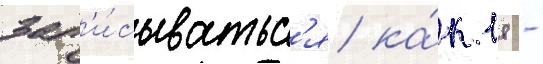
зап'и́сыватьс'я ка́к 18 -